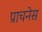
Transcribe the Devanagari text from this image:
प्राचनेस